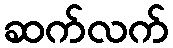
ဆက်လက်